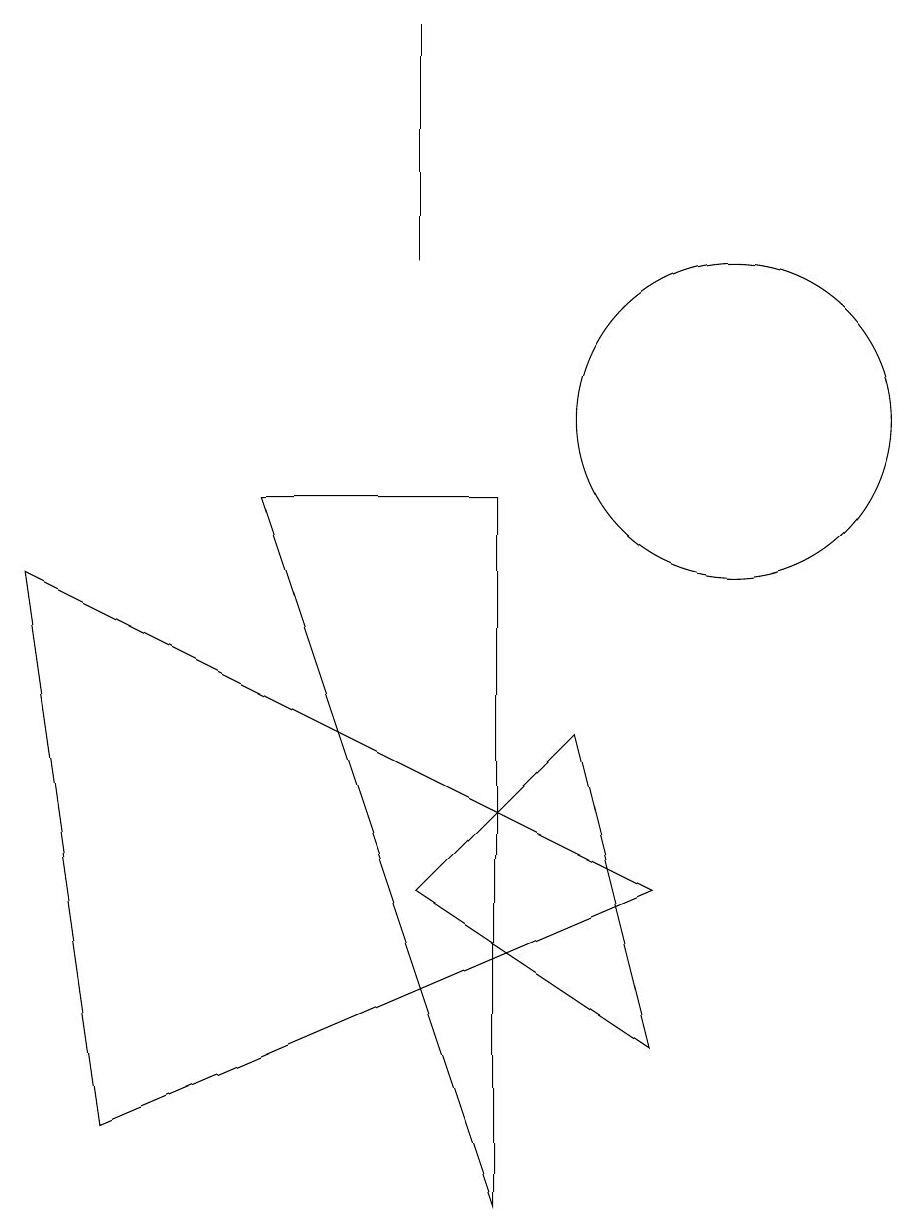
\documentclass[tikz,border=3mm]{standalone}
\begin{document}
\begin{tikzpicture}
\draw (2,1) -- (9,4) -- (1,8) -- cycle;
\draw (7,9) -- (7,0) -- (4,9) -- cycle;
\draw (6,12) rectangle (6,15);
\draw (9,2) -- (6,4) -- (8,6) -- cycle;
\draw (10,10) circle (2);
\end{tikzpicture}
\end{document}